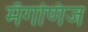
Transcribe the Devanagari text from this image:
मँगणिज